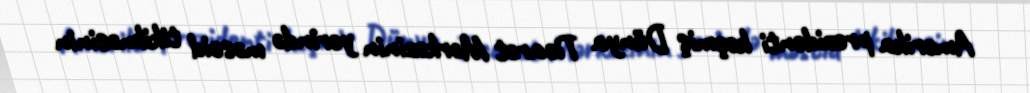
Amerika prezidenti keçmiş Dünya Ticarət Mərkəzinin yerində məscid tikilməsinin